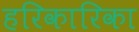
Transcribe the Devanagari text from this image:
हरिकारिका